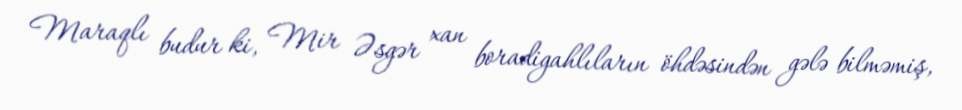
Maraqlı budur ki, Mir Əsgər xan boradigahlıların öhdəsindən gələ bilməmiş,